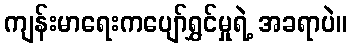
ကျန်းမာရေးကပျော်ရွှင်မှုရဲ့ အခရာပဲ။